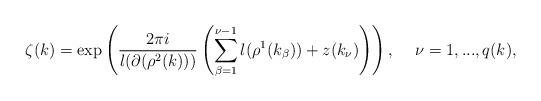
LaTeX: \begin{align*}\zeta (k)=\exp \left( \frac{2\pi i}{l(\partial (\rho ^{2}(k)))}\left(\sum_{\beta =1}^{\nu -1}l(\rho ^{1}(k_{\beta }))+z(k_{\nu })\right) \right) ,\hspace{0.2in}\nu =1,...,q(k), \end{align*}